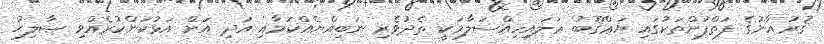
ޤުރުއާނުގެ ފަތްފުށްތަކުގައި ޔަޢްޤޫބު ޢަލައިހިއްސަލާމަކީ ތެދުވެރި ނަބިއްޔެއްކަމާއި އަދި އަށް އަޅުކަންކުރެއްވި ޞާލިޙު